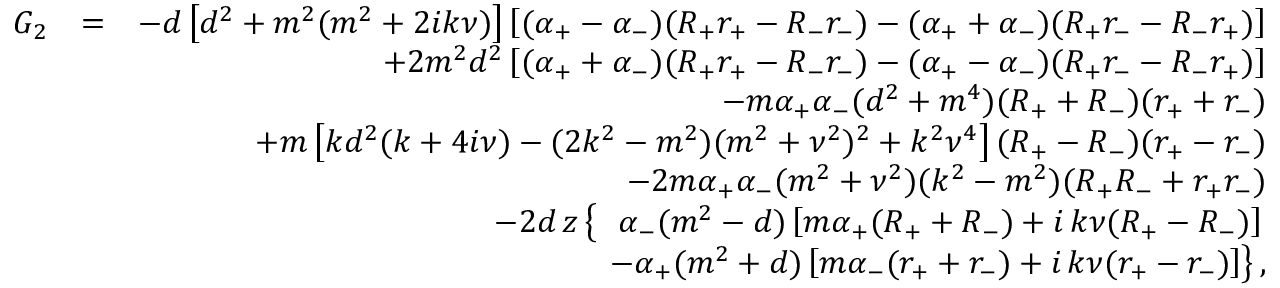
\begin{array} { r l r } { G _ { 2 } } & { = } & { - d \left[ d ^ { 2 } + m ^ { 2 } ( m ^ { 2 } + 2 i k \nu ) \right] \left[ ( \alpha _ { + } - \alpha _ { - } ) ( R _ { + } r _ { + } - R _ { - } r _ { - } ) - ( \alpha _ { + } + \alpha _ { - } ) ( R _ { + } r _ { - } - R _ { - } r _ { + } ) \right] } \\ & { } & { + 2 m ^ { 2 } d ^ { 2 } \left[ ( \alpha _ { + } + \alpha _ { - } ) ( R _ { + } r _ { + } - R _ { - } r _ { - } ) - ( \alpha _ { + } - \alpha _ { - } ) ( R _ { + } r _ { - } - R _ { - } r _ { + } ) \right] } \\ & { } & { - m \alpha _ { + } \alpha _ { - } ( d ^ { 2 } + m ^ { 4 } ) ( R _ { + } + R _ { - } ) ( r _ { + } + r _ { - } ) } \\ & { } & { + m \left[ k d ^ { 2 } ( k + 4 i \nu ) - ( 2 k ^ { 2 } - m ^ { 2 } ) ( m ^ { 2 } + \nu ^ { 2 } ) ^ { 2 } + k ^ { 2 } \nu ^ { 4 } \right] ( R _ { + } - R _ { - } ) ( r _ { + } - r _ { - } ) } \\ & { } & { - 2 m \alpha _ { + } \alpha _ { - } ( m ^ { 2 } + \nu ^ { 2 } ) ( k ^ { 2 } - m ^ { 2 } ) ( R _ { + } R _ { - } + r _ { + } r _ { - } ) } \\ & { } & { - 2 d \, z \left\{ \ \ \alpha _ { - } ( m ^ { 2 } - d ) \left[ m \alpha _ { + } ( R _ { + } + R _ { - } ) + i \, k \nu ( R _ { + } - R _ { - } ) \right] \right. } \\ & { } & { \qquad \quad \left. - \alpha _ { + } ( m ^ { 2 } + d ) \left[ m \alpha _ { - } ( r _ { + } + r _ { - } ) + i \, k \nu ( r _ { + } - r _ { - } ) \right] \right\} , } \end{array}